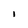
Character: I